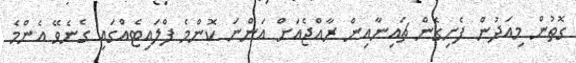
ގޮތުން މިއަދުން ފެށިގެން ޗައިނާއިން ރާއްޖެއަށް އަންނަ ކޮންމެ ފްލައިޓެއްގައި ގެނެވޭ އެންމެ